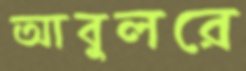
আবুলরে